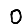
Digit: 0